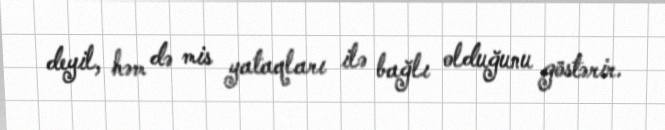
deyil, həm də mis yataqları ilə bağlı olduğunu göstərir.